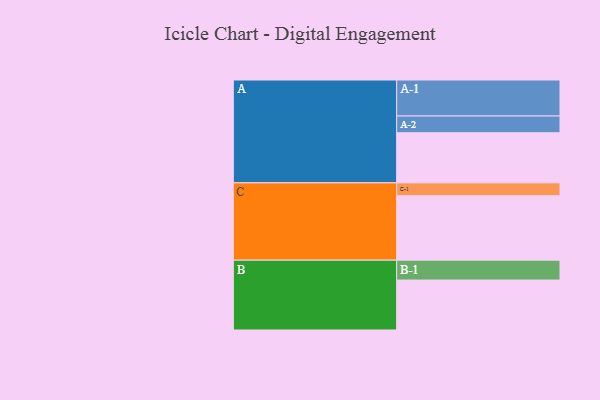
{"axis": {"x": "Segment", "y": "Value"}, "legend": ["", "A", "B", "C"], "data": [{"x": "A", "y": 320, "type": ""}, {"x": "B", "y": 319, "type": ""}, {"x": "C", "y": 412, "type": ""}, {"x": "A-1", "y": 230, "type": "A"}, {"x": "A-2", "y": 107, "type": "A"}, {"x": "B-1", "y": 127, "type": "B"}, {"x": "C-1", "y": 82, "type": "C"}]}